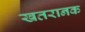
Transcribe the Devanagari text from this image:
खतरानक